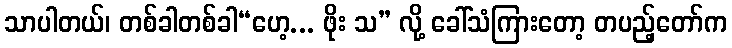
သာပါတယ်၊ တစ်ခါတစ်ခါ“ဟေ့... ဖိုး သ” လို့ ခေါ်သံကြားတော့ တပည့်တော်က